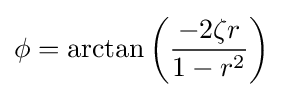
\phi =\arctan \left({\frac {-2\zeta r}{1-r^{2}}}\right)